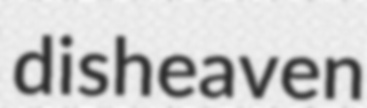
disheaven